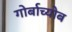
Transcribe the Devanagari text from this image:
गोर्बाच्योब